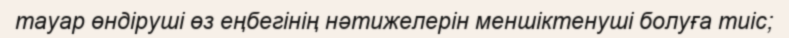
тауар өндіруші өз еңбегінің нәтижелерін меншіктенуші болуға тиіс;